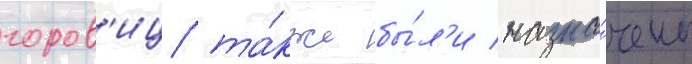
горов'иц та́кже бы́л'и назна́чены